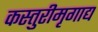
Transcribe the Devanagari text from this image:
कस्तुरीमृगाद्य